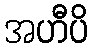
အဟီပိ